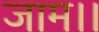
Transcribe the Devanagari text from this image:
जाम।।